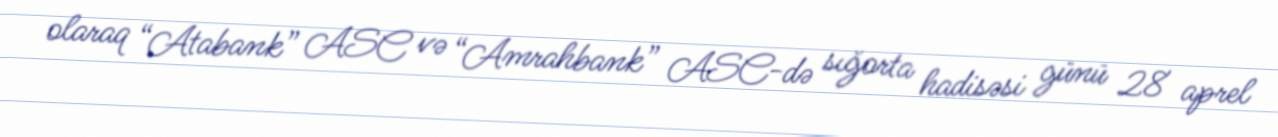
olaraq “Atabank” ASC və “Amrahbank” ASC-də sığorta hadisəsi günü 28 aprel